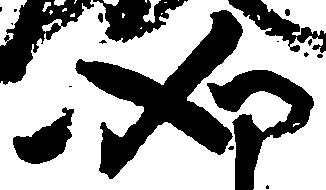
如